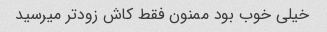
خیلی خوب بود ممنون فقط کاش زودتر میرسید